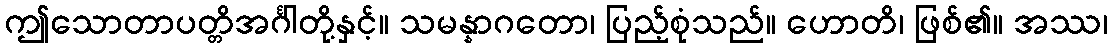
ဤသောတာပတ္တိအင်္ဂါတို့နှင့်။ သမန္နာဂတော၊ ပြည့်စုံသည်။ ဟောတိ၊ ဖြစ်၏။ အဿ၊